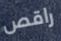
راقص